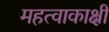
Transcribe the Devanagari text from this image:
महत्वाकाक्षी